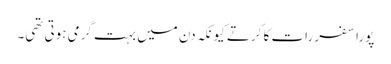
پورا سفر رات کا کرتے کیونکہ دن میں بہت گرمی ہوتی تھی۔